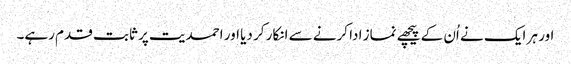
اور ہر ایک نے اُن کے پیچھے نماز ادا کرنے سے انکار کر دیا اور احمدیت پر ثابت قدم رہے۔